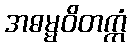
အဓမ္မဝိတက္ကံ